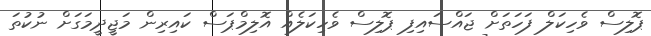
ޕޮލިސް ވެހިކަލް ފަހަތަށް ޖައްސައިފި ޕޮލިސް ވެހިކަލެއް އޮލިމްޕަސް ކައިރިން މަޖީދީމަގަށް ނުކުތަ